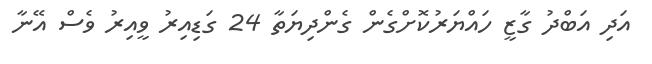
އަދި އަބްދު ގާޒީ ހައްޔަރުކޮށްގެން ގެންދިޔަތާ 24 ގަޑިއިރު ވީއިރު ވެސް އޭނާ